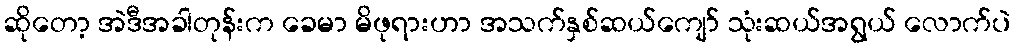
ဆိုတော့ အဲဒီအခါတုန်းက ခေမာ မိဖုရားဟာ အသက်နှစ်ဆယ်ကျော် သုံးဆယ်အရွယ် လောက်ပဲ